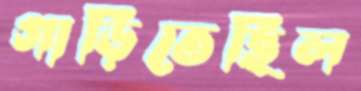
গাড়িতেছিল